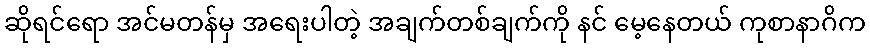
ဆိုရင်ရော အင်မတန်မှ အရေးပါတဲ့ အချက်တစ်ချက်ကို နင် မေ့နေတယ် ကုစာနာဂိက